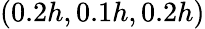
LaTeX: (0.2h,0.1h,0.2h)